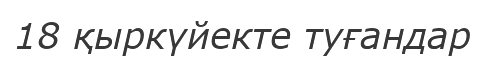
18 қыркүйекте туғандар